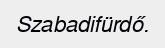
Szabadifürdő.